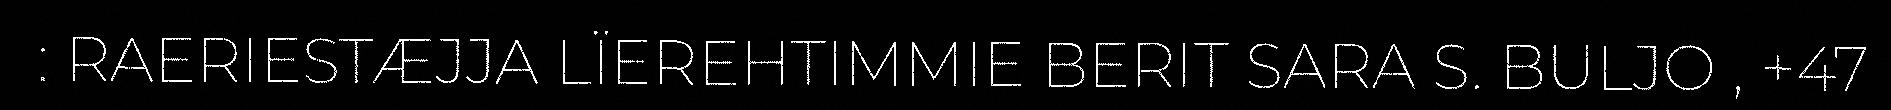
: RAERIESTÆJJA LÏEREHTIMMIE BERIT SARA S. BULJO , +47